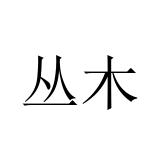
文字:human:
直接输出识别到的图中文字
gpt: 丛木